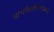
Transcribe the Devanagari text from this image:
मार्गादर्शकासारखा